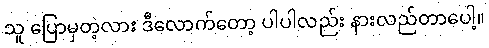
သူ ပြောမှတဲ့လား ဒီလောက်တော့ ပါပါလည်း နားလည်တာပေါ့။